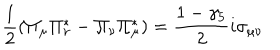
LaTeX: \frac { 1 } { 2 } ( \Pi _ { \mu } \Pi _ { \nu } ^ { * } - \Pi _ { \nu } \Pi _ { \mu } ^ { * } ) = \frac { 1 - \gamma _ { 5 } } { 2 } i \sigma _ { \mu \nu }